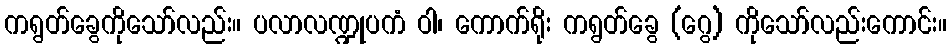
ကရွတ်ခွေကိုသော်လည်း။ ပလာလဏ္ဍုပကံ ဝါ၊ ကောက်ရိုး ကရွတ်ခွေ (ဂွေ) ကိုသော်လည်းကောင်း။